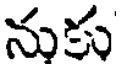
నుకు